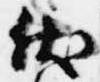
伏